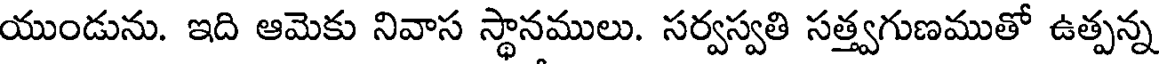
యుండును. ఇది ఆమెకు నివాస స్థానములు. సర్వస్వతి సత్త్వగుణముతో ఉత్పన్న